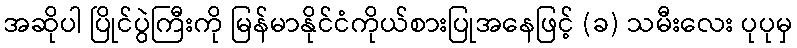
အဆိုပါ ပြိုင်ပွဲကြီးကို မြန်မာနိုင်ငံကိုယ်စားပြုအနေဖြင့် (ခ) သမီးလေး ပုပုမှ